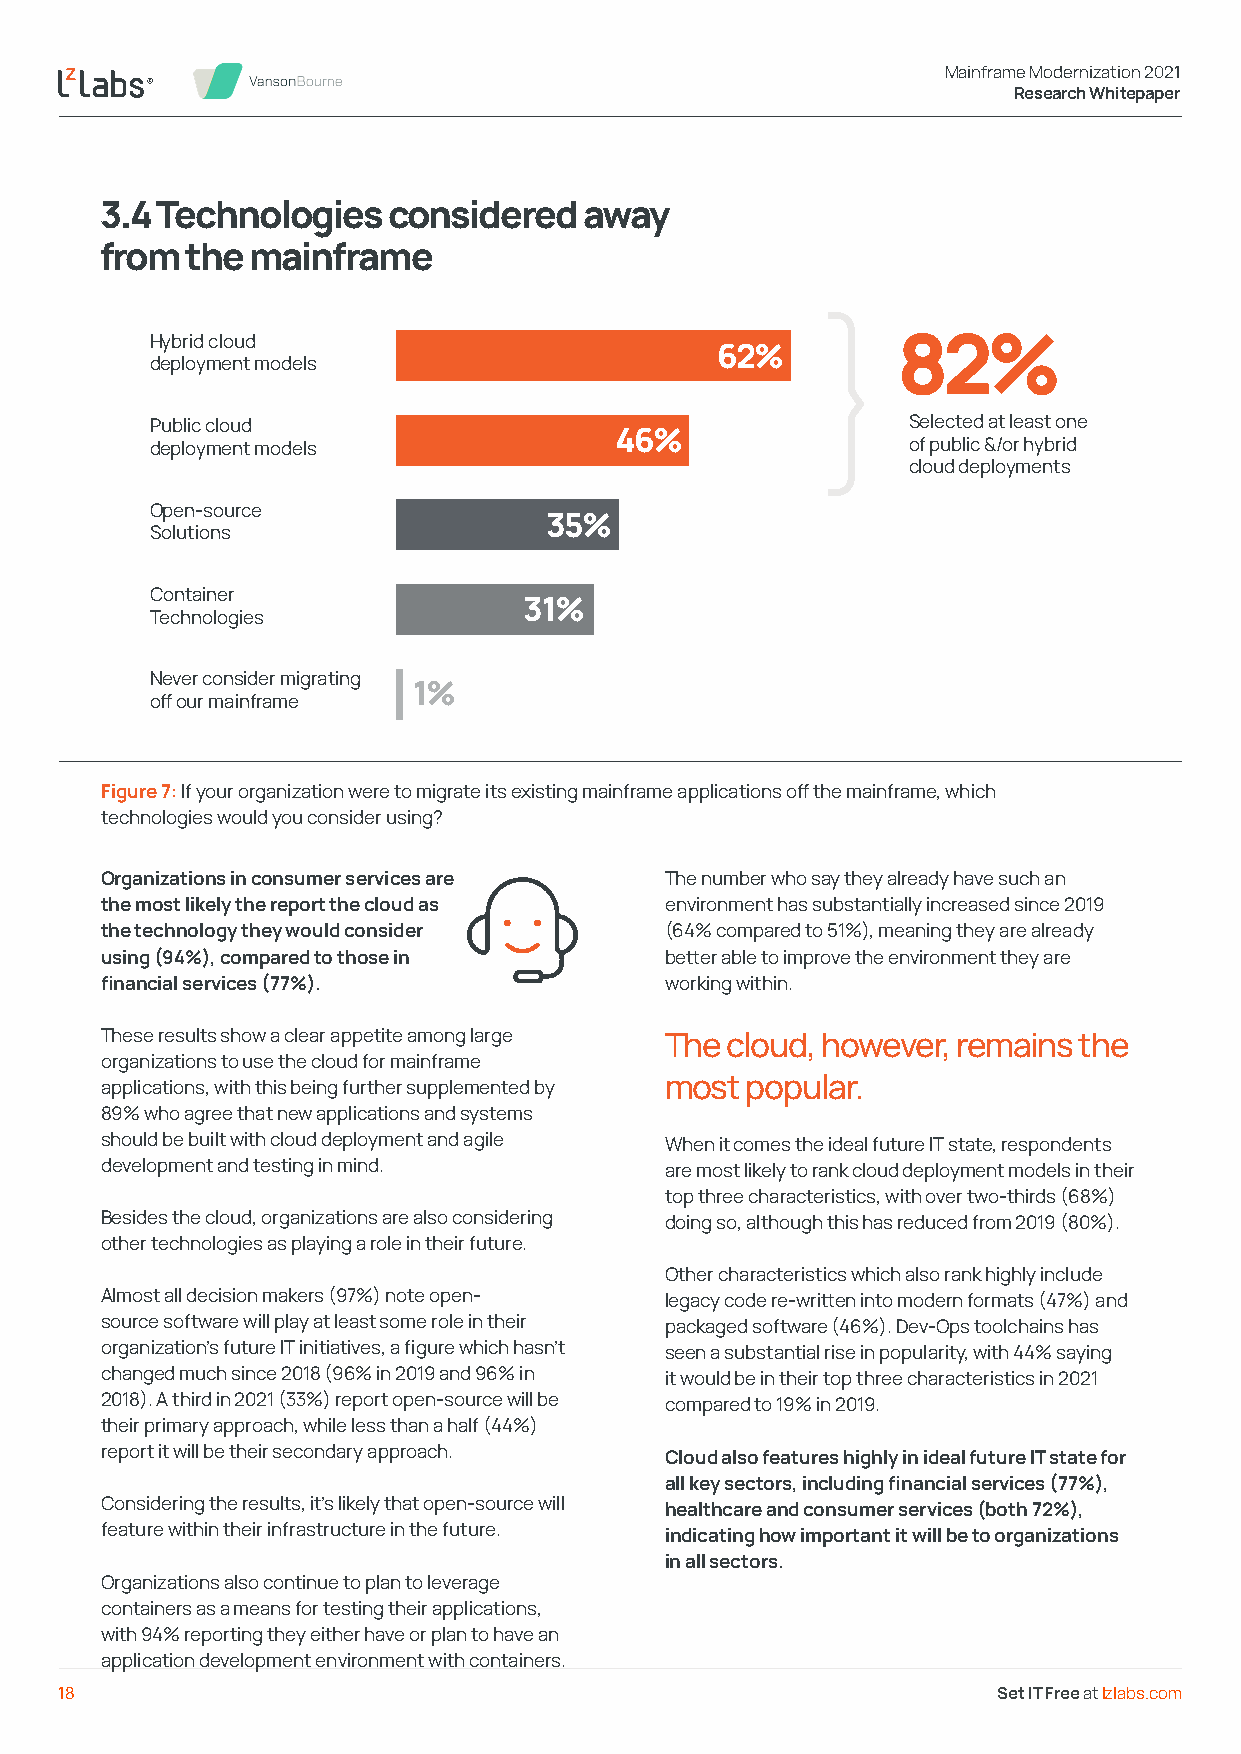
Mainframe Modernization 2021
 Research Whitepaper
 3.4 Technologies   considered   away
 from the mainframe
 Hybrid cloud                                }    82%
 62%
 deployment models
 Public cloud                                      Selected at least one
 46%
 deployment models                                 of public &/or hybrid
 cloud deployments
 Open-source
 35%
 Solutions
 Container
 31%
 Technologies
 Never consider migrating
 1%
 off our mainframe
 Figure 7: If your organization were to migrate its existing mainframe applications off the mainframe, which
 technologies would you consider using?
 Organizations in consumer services are The number who say they already have such an
 the most likely the report the cloud as environment has substantially increased since 2019
 the technology they would consider   (64% compared to 51%), meaning they are already
 using (94%), compared to those in    better able to improve the environment they are
 financial services (77%).            working within.
 These results show a clear appetite among large The cloud, however, remains the
 organizations to use the cloud for mainframe
 applications, with this being further supplemented by most popular.
 89% who agree that new applications and systems
 should be built with cloud deployment and agile When it comes the ideal future IT state, respondents
 development and testing in mind.     are most likely to rank cloud deployment models in their
 top three characteristics, with over two-thirds (68%)
 Besides the cloud, organizations are also considering doing so, although this has reduced from 2019 (80%).
 other technologies as playing a role in their future.
 Other characteristics which also rank highly include
 Almost all decision makers (97%) note open- legacy code re-written into modern formats (47%) and
 source software will play at least some role in their packaged software (46%). Dev-Ops toolchains has
 organization’s future IT initiatives, a figure which hasn’t seen a substantial rise in popularity, with 44% saying
 changed much since 2018 (96% in 2019 and 96% in it would be in their top three characteristics in 2021
 2018). A third in 2021 (33%) report open-source will be compared to 19% in 2019.
 their primary approach, while less than a half (44%)
 report it will be their secondary approach. Cloud also features highly in ideal future IT state for
 all key sectors, including financial services (77%),
 Considering the results, it’s likely that open-source will healthcare and consumer services (both 72%),
 feature within their infrastructure in the future. indicating how important it will be to organizations
 in all sectors.
 Organizations also continue to plan to leverage
 containers as a means for testing their applications,
 with 94% reporting they either have or plan to have an
 application development environment with containers.
 18                                                            Set IT Free at lzlabs.com